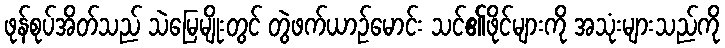
ဖုန်စုပ်အိတ်သည် သဲမြေမျိုးတွင် တွဲဖက်ယာဉ်မောင်း သင်၏ဖိုင်များကို အသုံးများသည်ကို